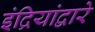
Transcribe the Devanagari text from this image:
इंद्रियांद्वारे